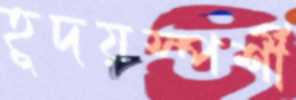
হূদয়স্পর্শী